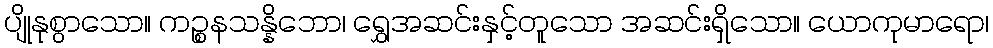
ပျိုနုစွာသော။ ကဉ္စနသန္နိဘော၊ ရွှေအဆင်းနှင့်တူသော အဆင်းရှိသော။ ယောကုမာရော၊